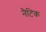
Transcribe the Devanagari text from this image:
नैटिक